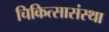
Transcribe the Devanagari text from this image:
चिकित्सासंस्था